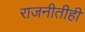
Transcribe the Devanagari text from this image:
राजनीतीही